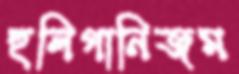
হুলিগানিজম